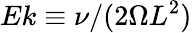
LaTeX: Ek\equiv\nu/(2\Omega L^{2})